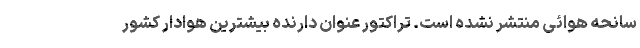
سانحه هوائی منتشر نشده است. تراکتور عنوان دارنده بیشترین هوادار کشور